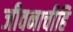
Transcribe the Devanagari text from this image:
जीवनाचीहि